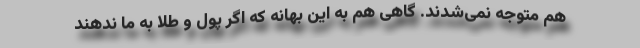
هم متوجه نمی‌شدند. گاهی هم به این بهانه که اگر پول و طلا به ما ندهند